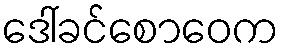
ဒေါ်ခင်စောဝေက